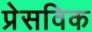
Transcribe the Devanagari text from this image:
प्रेसविक